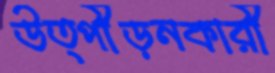
উত্পীড়নকারী